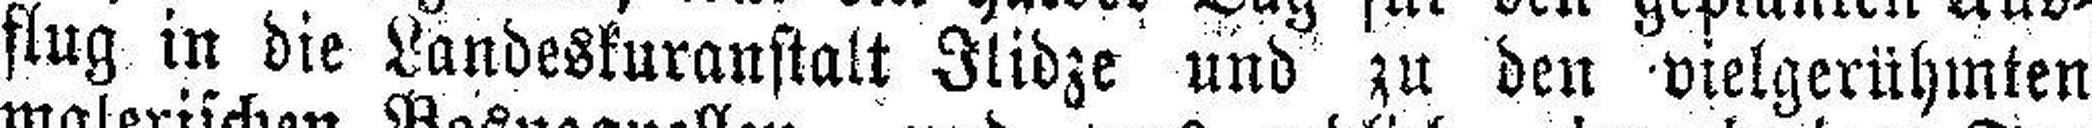
flug in die Landeskuranstalt Ilidze und zu den vielgerühmten